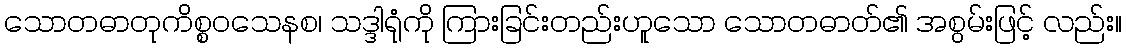
သောတဓာတုကိစ္စဝသေနစ၊ သဒ္ဒါရုံကို ကြားခြင်းတည်းဟူသော သောတဓာတ်၏ အစွမ်းဖြင့် လည်း။